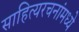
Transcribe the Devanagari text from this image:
साहित्यरचनांमध्ये